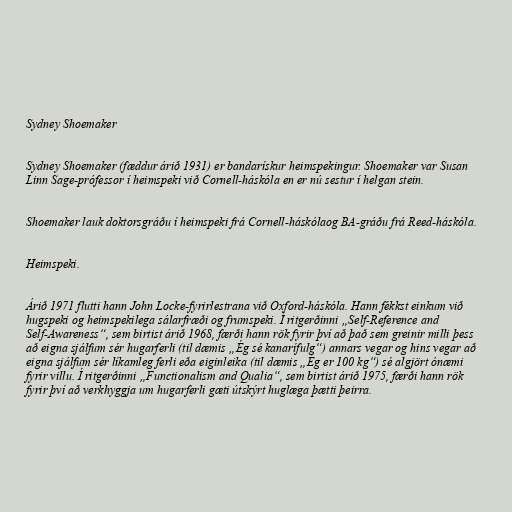
Sydney Shoemaker

Sydney Shoemaker (fæddur árið 1931) er bandarískur heimspekingur. Shoemaker var Susan
Linn Sage-prófessor í heimspeki við Cornell-háskóla en er nú sestur í helgan stein.

Shoemaker lauk doktorsgráðu í heimspeki frá Cornell-háskólaog BA-gráðu frá Reed-háskóla.

Heimspeki.

Árið 1971 flutti hann John Locke-fyrirlestrana við Oxford-háskóla. Hann fékkst einkum við
hugspeki og heimspekilega sálarfræði og frumspeki. Í ritgerðinni „Self-Reference and
Self-Awareness“, sem birtist árið 1968, færði hann rök fyrir því að það sem greinir milli þess
að eigna sjálfum sér hugarferli (til dæmis „Ég sé kanarífulg“) annars vegar og hins vegar að
eigna sjálfum sér líkamleg ferli eða eiginleika (til dæmis „Ég er 100 kg“) sé algjört ónæmi
fyrir villu. Í ritgerðinni „Functionalism and Qualia“, sem birtist árið 1975, færði hann rök
fyrir því að verkhyggja um hugarferli gæti útskýrt huglæga þætti þeirra.